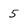
Character: 5